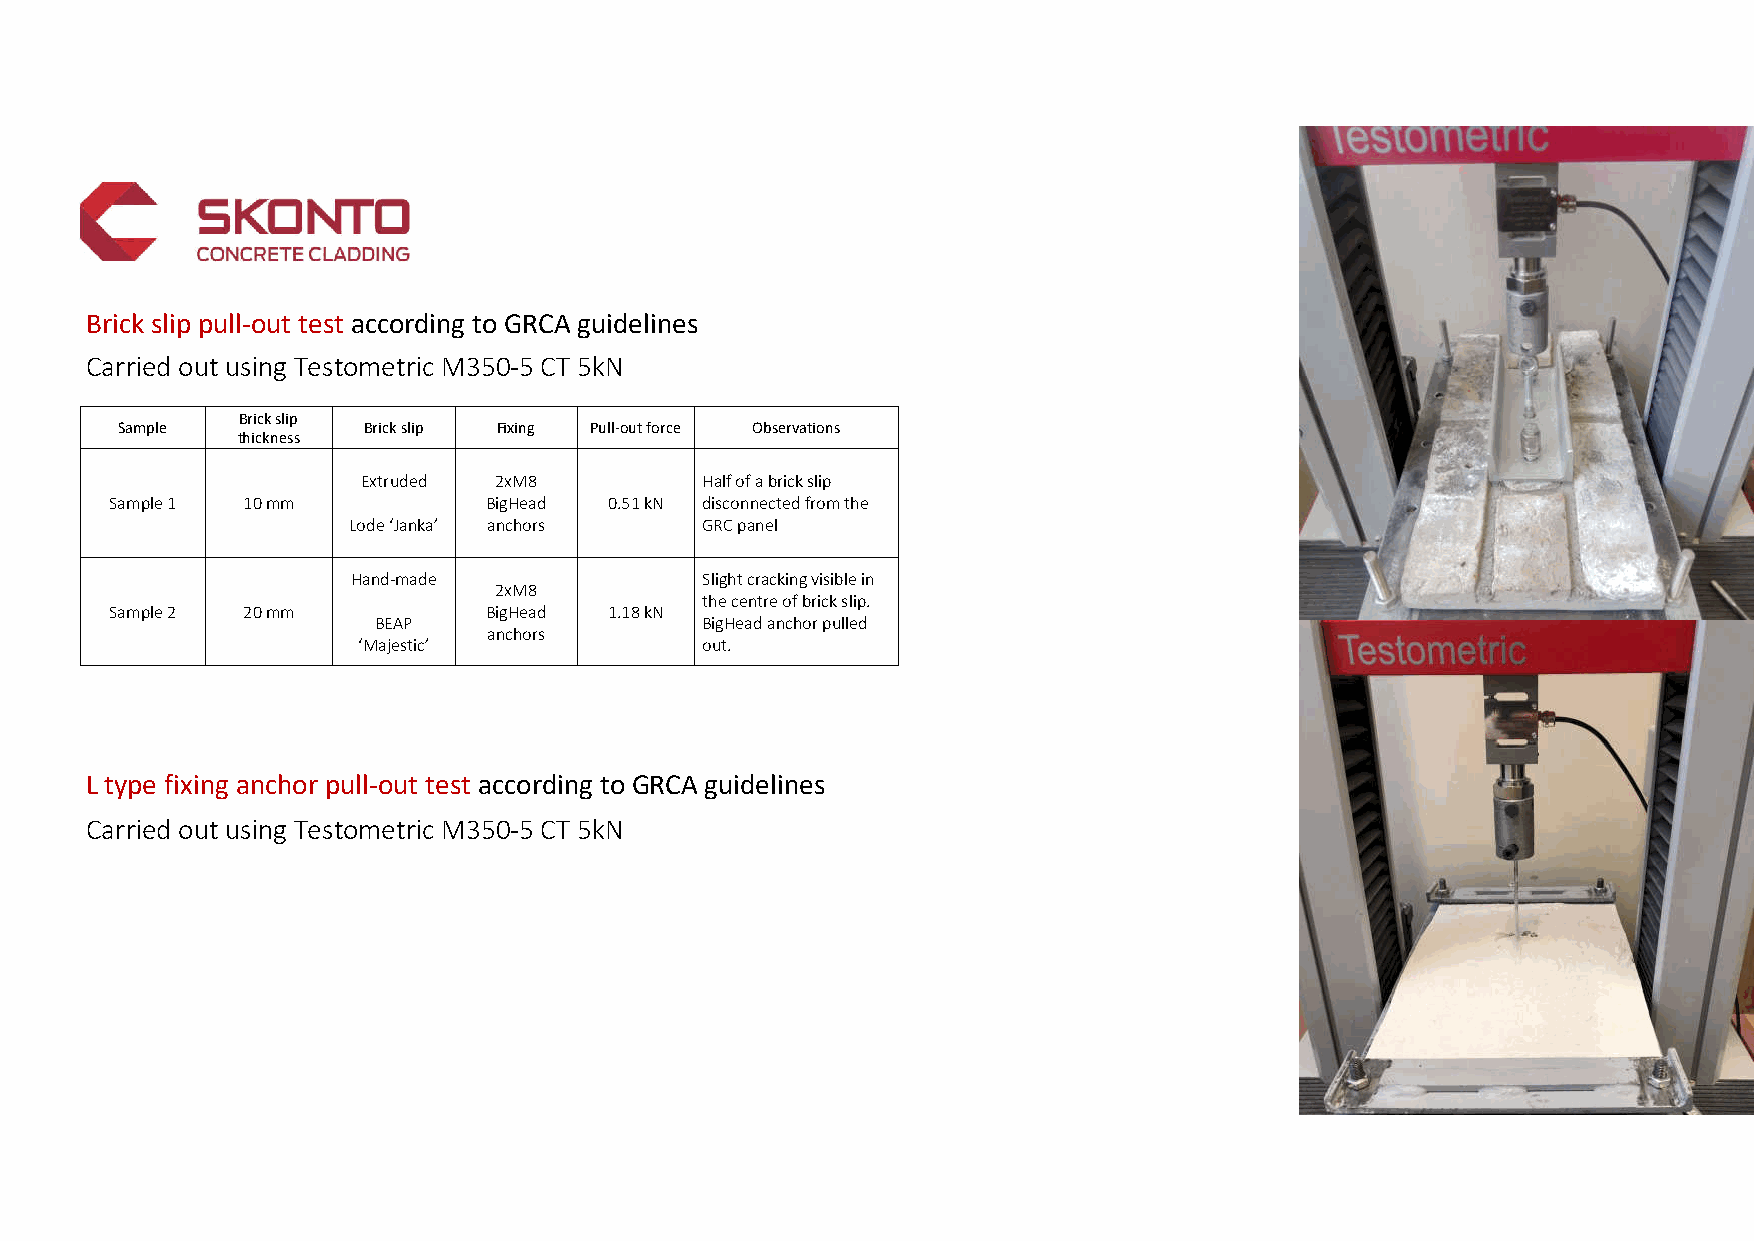
Brick slip pull-out test according to GRCA guidelines
 Carried out using Testometric M350-5 CT 5kN
 Brick slip
 Sample          Brick slip Fixing Pull-out force Observations
 thickness
 Extruded 2xM8         Half of a brick slip
 Sample 1 10 mm           BigHead 0.51 kN disconnected from the
 Lode ‘Janka’ anchors   GRC panel
 Hand-made              Slight cracking visible in
 2xM8
 the centre of brick slip.
 Sample 2 20 mm           BigHead 1.18 kN
 BEAP                 BigHeadanchor pulled
 anchors
 ‘Majestic’            out.
 L type fixing anchor pull-out test according to GRCA guidelines
 Carried out using Testometric M350-5 CT 5kN